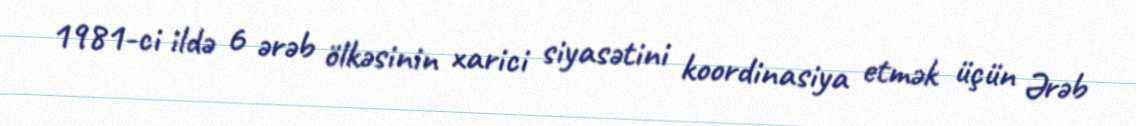
1981-ci ildə 6 ərəb ölkəsinin xarici siyasətini koordinasiya etmək üçün Ərəb